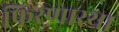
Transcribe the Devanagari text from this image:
फिरणारया